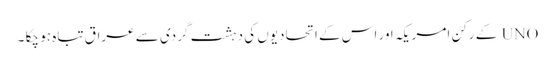
UNO کے رکن امریکہ اور اس کے اتحادیوں کی دہشت گردی سے عراق تباہ ہو چکا ۔